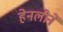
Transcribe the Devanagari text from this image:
हेनलीने